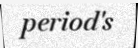
period's